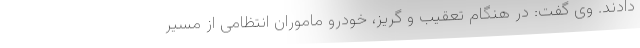
دادند. وی گفت: در هنگام تعقیب و گریز، خودرو ماموران انتظامی از مسیر